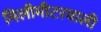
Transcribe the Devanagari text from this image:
मिलीमीटरवाली